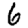
Digit: 6